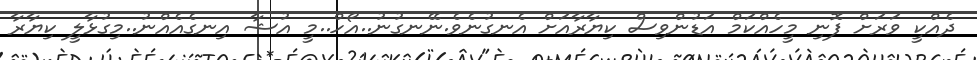
ދެއްކީ ވަރަށް ފޮނި މީހެއްކަމް އަޑުންވިސް ކިޔާރާއަށް އެނގުނެވެ.ނޭނގުނު..އޯހް..މީ އުޝާ އިނގެއެއްނު..މިގުޅާލީ ކިޔާރާ